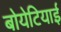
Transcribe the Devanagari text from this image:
बोयेटियाई